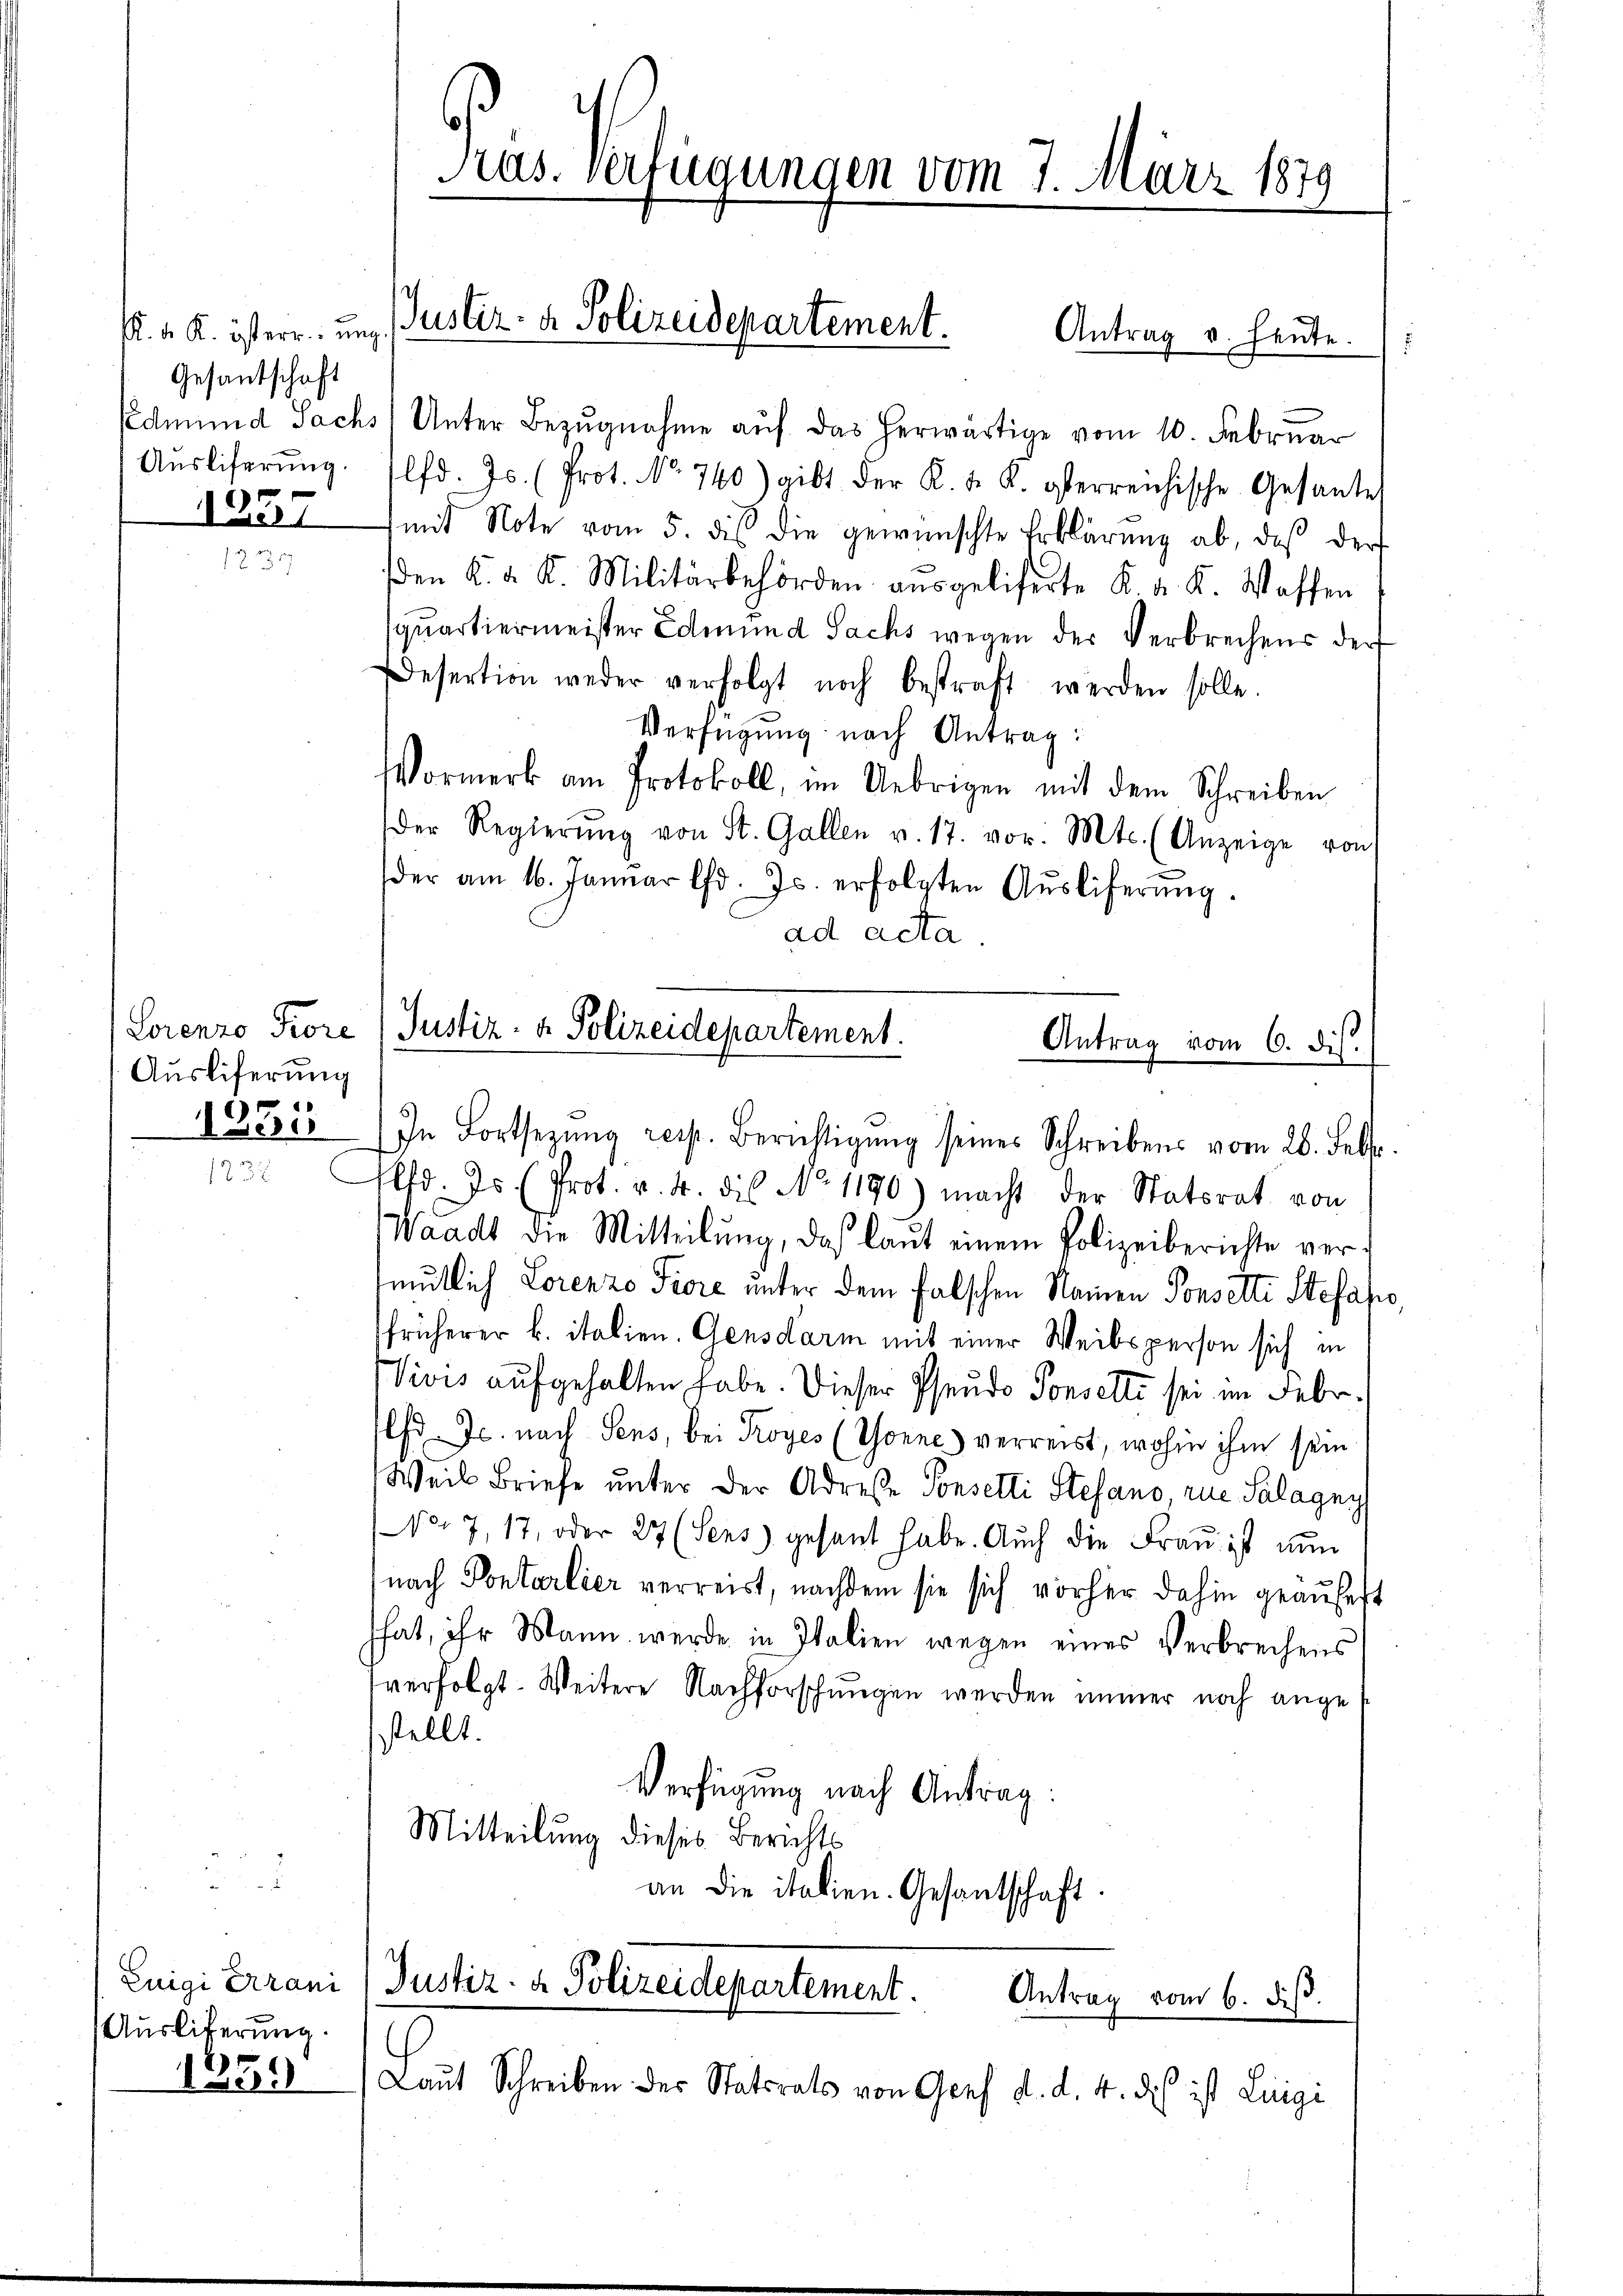
K. K. K. österr. ung
Gesantschaft
Ausliferung.
1337

Ausliferung
1335
1235

Luigi Arrani
Auslieferung.
1339

Pas. Verfügungen vom 7. März 1879

Justiz- & Polizeidepartement. Antrag v. heute.

Lorenzo Fiore (Justiz- & Polizeidepartement.
Antrag vom 6. dis.

Edmund Sachs, Unter Bezugnahme auf das herwärtige vom 10. Februar
lfd. Js. (Prot. No. 740) gibt der K. K. K. gerreichische Gesantes
mit Note vom 5. des die gewünschte Erklärŭng ab, daß der
den K. K. K. Militärbehörden aŭsgeliserte K. K. K. Waffen
squartiermeister Edmund Sachs wegen der Verbrechens der
Desertion weder verfolgt noch bestraft werden solle.
Verfügung nach Antrag:
Vormerk am Protokoll, im Uebrigen mit dem Schreiben
Der Regierŭng von St. Gallen v. 17. vor. Mts. (Anzeige von
der am 16. Januar d. Js. erfolgten Aŭsliferŭng.
ad acta
In Fortsezung resp. Berichtigŭng seines Schreibens vom 28. Febr.
Plfd. Js. (Prot. v. 4. die No 1190) macht der Statsrat von
Waadt die Mitteilŭng, das laŭt einem Polizeiberichte vermütlich Lorenzo Fiore unter dem falschen Namen Posselte Stefahre,
früherer k. italien. Gensdarm mit einer Weibsperson sich in
Vivis aufgehalten habe. Dieser Pseudo Conselte sei im Febr.
lfd. Js. nach Sens, bei Kroyes (Sonne verreist, wohin ihm sein
Weil Briefe unter der Adresse Sonselli Stefano, rue Salagny
No. 7, 17, oder 27 (Sens) gesant habe. Auch die Fraŭ ist nun
nach Pontarlier verreist, nachdem sie sich vorher dahin geäufert
hat, ihr Mann werde in Italien wegen eines Verbrechens
verfolgt. Weitere Nachforschungen werden immer noch angestellt.
Verfügung nach Antrag:
Mitteilung dieses Berichts
an die italien. Gesantschaft.

Justiz- & Polizeidepartement.
Antrag vom 6. dieß.

Laut Schreiben der Statsrats von Genf d. d. 4. des ist Luigi